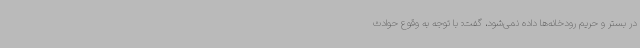
در بستر و حریم رودخانه‌ها داده نمی‌شود، گفت: با توجه به وقوع حوادث